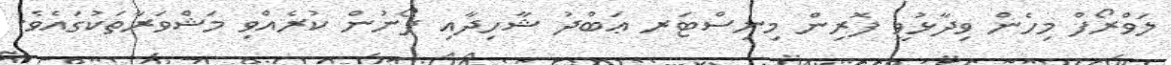
ލަވްރޯފް މިހެން ވިދާޅުވީ ފޮރިން މިނިސްޓަރ ޢަބްދު ޝާހިދާއި ފޯނުން ކުރެއްވި މަޝްވަރާތަކުގައެވެ.